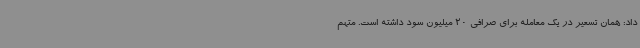
داد: همان تسعیر در یک معامله برای صرافی 20 میلیون سود داشته است. متهم